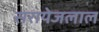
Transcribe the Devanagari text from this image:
सरायेजलाल